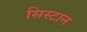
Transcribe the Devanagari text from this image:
सिस्टान